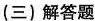
(三)解答题